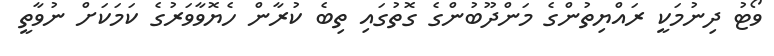
ވޯޓު ދިނުމަކީ ރައްޔިތުންގެ މަންދޫބުންގެ ގޮތުގައި ތިބެ ކުރާން ހެޔޮވާވަރުގެ ކަމަކަށް ނުވާތީ